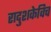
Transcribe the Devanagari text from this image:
रादुशकेविच